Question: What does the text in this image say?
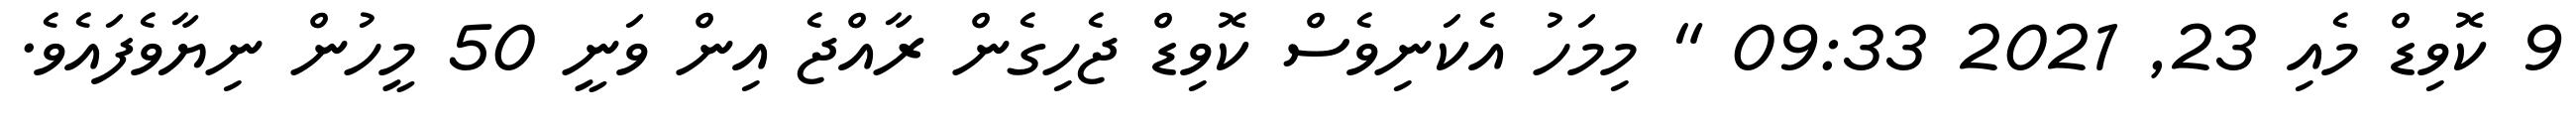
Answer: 9 ކޮވިޑް މެއި 23, 2021 09:33 " މިމަހު އެކަނިވެސް ކޮވިޑް ޖެހިގެން ރާއްޖެ އިން ވަނީ 50 މީހުން ނިޔާވެފައެވެ.